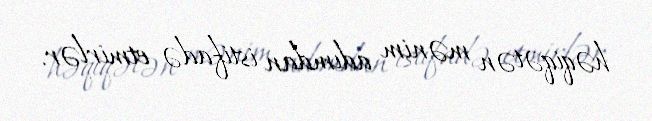
həqiqətən mənim adımdan istifadə etmirlər.